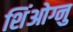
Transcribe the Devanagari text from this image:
शिंओग्नु